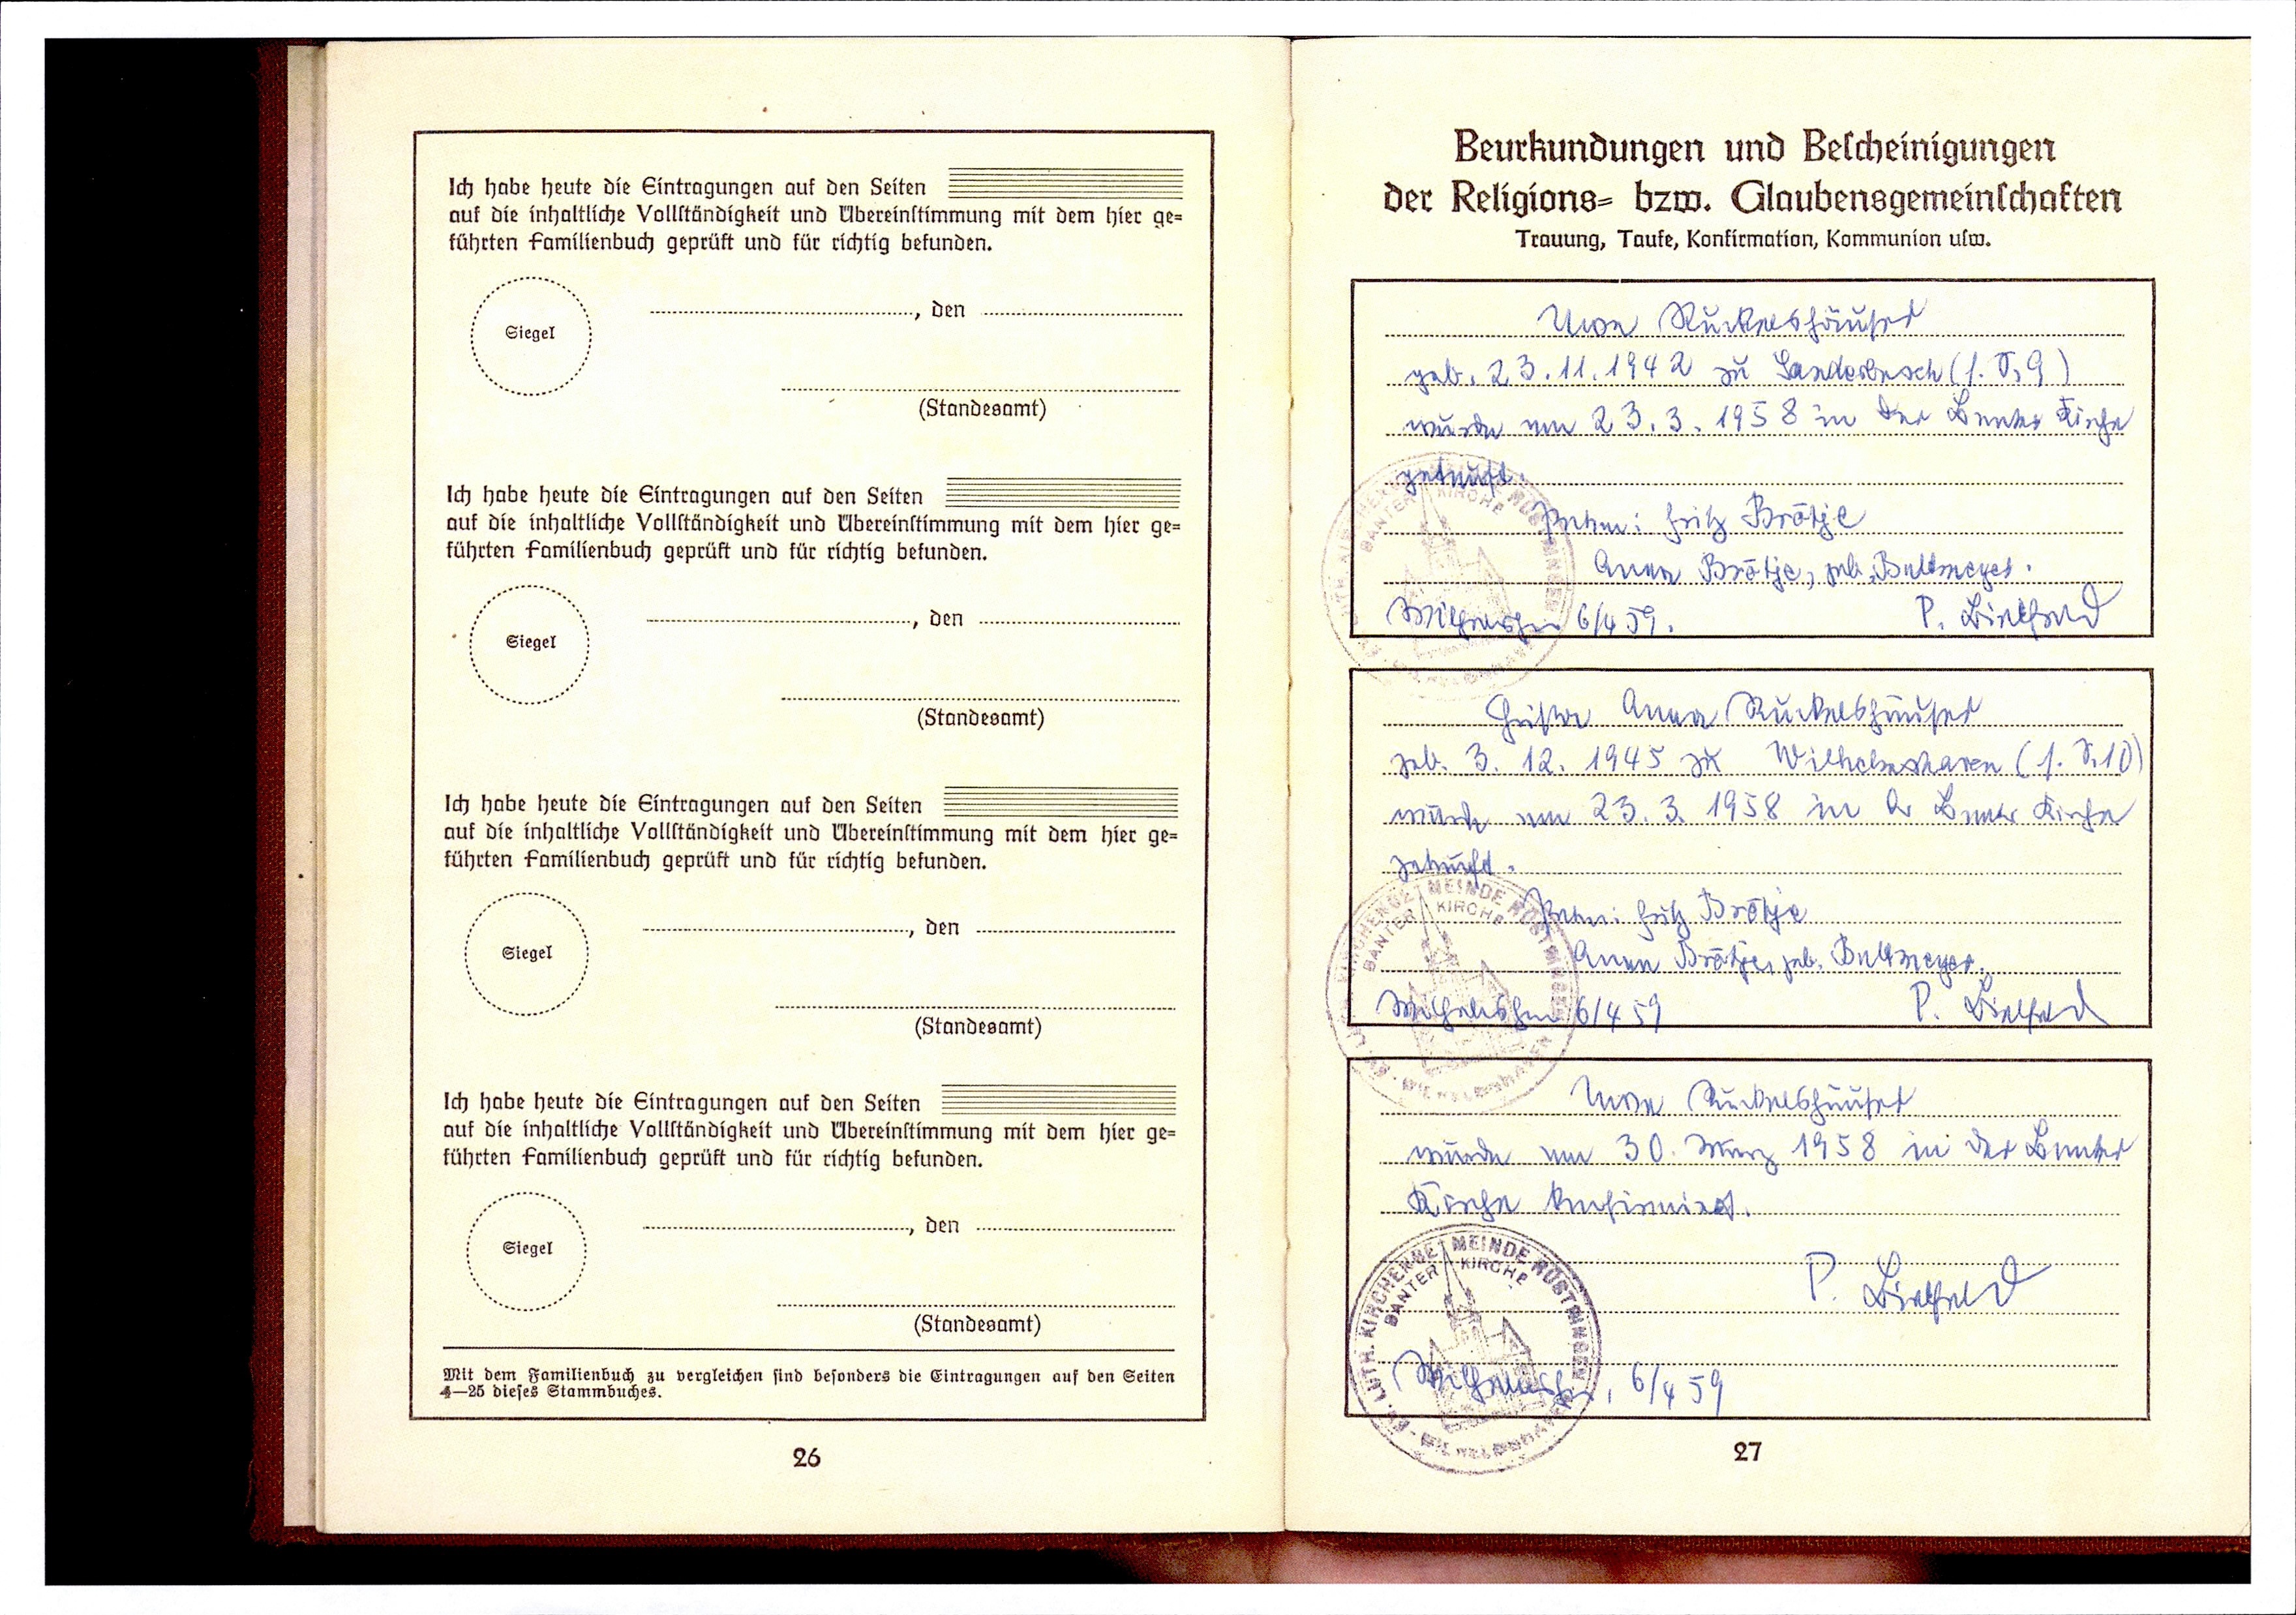
Uwe Ruckelshäuser
geb. 23.11.1942 zu  Sanderbusch (s .S. G)
wurde am 23.3.1958 in der Banter kirche
getauft.
Eltern: Fritz Brötje
Anna Brötje, geb. Bultmeyer:
Wilhelmshaven 6/4 59.  P. Bielfeld
Gusta Anna Ruckelshäuser
geb. 3.12.1945 zu  Wilhelmshaven (1. S. 10)
wurde am 23.3.1958 in d. Banter Kirche
getauft.
Eltern: Fritz Brötje
Anna Brötje geb. Bultmeyer
Wilhelmshaven 6/4 59   P. Bielfeld
Uwe Ruckelshäuser
wurde am 30. März 1958 in der Banter
Kirche konfirmiert.
P. Bielfeld
Wilhelmshaven, 6/4 59